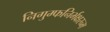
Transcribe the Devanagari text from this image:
निगुम्फनिर्भक्षरन्म